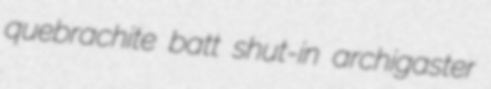
quebrachite batt shut-in archigaster